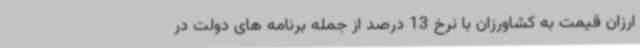
ارزان قیمت به کشاورزان با نرخ 13 درصد از جمله برنامه های دولت در